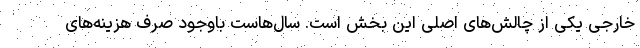
خارجی یکی از چالش‌های اصلی این بخش است. سال‌هاست باوجود صرف هزینه‌های